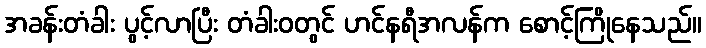
အခန်းတံခါး ပွင့်လာပြီး တံခါးဝတွင် ဟင်နရီအလန်က စောင့်ကြိုနေသည်။